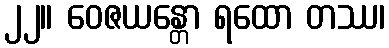
၂၂။ ဝေဇယန္တော ရထော တဿ၊